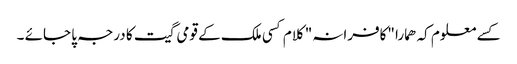
کسے معلوم کہ ھمارا "کافرانہ" کلام کسی ملک کے قومی گیت کا درجہ پا جائے ۔